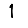
Digit: 1